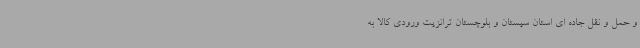
و حمل و نقل جاده ای استان سیستان و بلوچستان ترانزیت ورودی کالا به